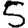
Digit: 5